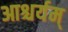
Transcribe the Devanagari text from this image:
आश्चर्यम्